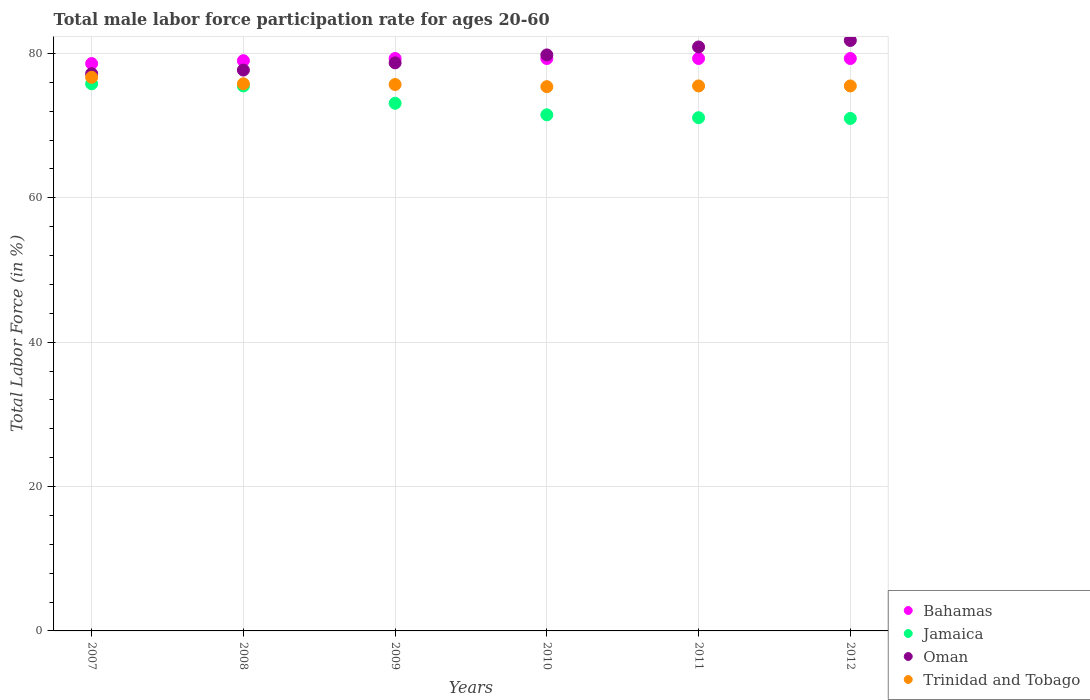
| Years | Bahamas | Jamaica | Oman | Trinidad and Tobago |
 | --- | --- | --- | --- | --- |
 | 2007 | 78.6 | 75.8 | 77.2 | 76.7 |
 | 2008 | 79 | 75.5 | 77.7 | 75.8 |
 | 2009 | 79.3 | 73.1 | 78.7 | 75.7 |
 | 2010 | 79.3 | 71.5 | 79.8 | 75.4 |
 | 2011 | 79.3 | 71.1 | 80.9 | 75.5 |
 | 2012 | 79.3 | 71 | 81.8 | 75.5 |